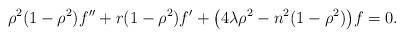
LaTeX: \begin{align*}\rho^2(1-\rho^2)f^{\prime\prime}+r(1-\rho^2)f^\prime+\bigl(4\lambda \rho^2-n^2(1-\rho^2)\bigr)f=0.\end{align*}